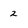
Character: 2